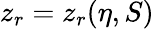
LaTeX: z_{r}=z_{r}(\eta,S)